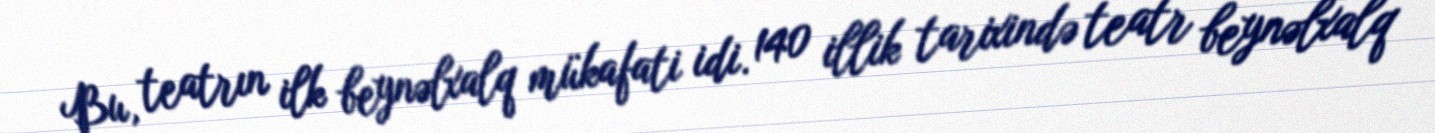
Bu, teatrın ilk beynəlxalq mükafati idi. 140 illik tarixində teatr beynəlxalq